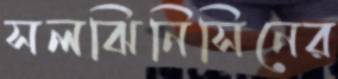
সলঝিনিসিনের